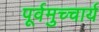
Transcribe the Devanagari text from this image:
पूर्वमुच्चार्य